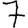
Digit: 7